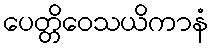
ပေတ္တိဝေသယိကာနံ